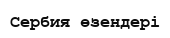
Сербия өзендері